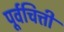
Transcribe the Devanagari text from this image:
पूर्वचित्ती